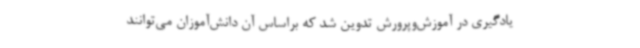
یادگیری در آموزش‌وپرورش تدوین شد که براساس آن دانش‌آموزان می‌توانند